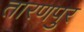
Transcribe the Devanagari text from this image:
तारणपुर